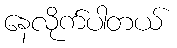
နေလိုက်ပါတယ်